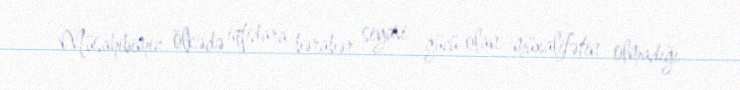
Müsahibimiz ölkədə iqtidara bərabər siyasi gücü olan müxalifətin olmadığı